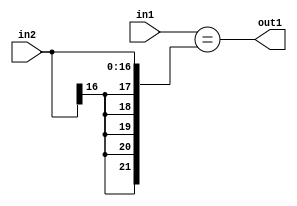
`timescale 1ps / 1ps
/*****************************************************************************
    Verilog RTL Description
    
    
    Created by: Stratus DpOpt 2019.1.01 
*******************************************************************************/

module st_weight_addr_gen_Equal_17Sx16U_1U_4_2 (
	in2,
	in1,
	out1
	); /* architecture "behavioural" */ 
input [16:0] in2;
input [15:0] in1;
output  out1;
wire  asc001;

assign asc001 = (in1=={{5{in2[16]}}, in2});

assign out1 = asc001;
endmodule

/* CADENCE  ubPyTg4= : u9/ySgnWtBlWxVPRXgAZ4Og= ** DO NOT EDIT THIS LINE ******/